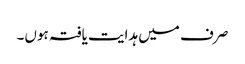
صرف میں ہدایت یافتہ ہوں۔